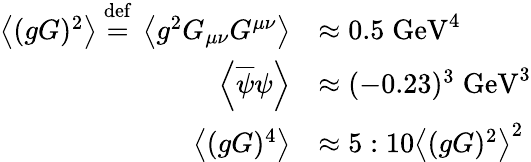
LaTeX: {\begin{array}{rl}{\left\langle(gG)^{2}\right\rangle\ {\stackrel{\mathrm{def}}{=}}\ \left\langle g^{2}G_{\mu\nu}G^{\mu\nu}\right\rangle}&{\approx 0.5\; {\mathrm{GeV}}^{4}}\\ {\left\langle{\overline{{\psi}}}\psi\right\rangle}&{\approx(-0.23)^{3}\; {\mathrm{GeV}}^{3}}\\ {\left\langle(gG)^{4}\right\rangle}&{\approx 5:10\left\langle(gG)^{2}\right\rangle^{2}}\end{array}}